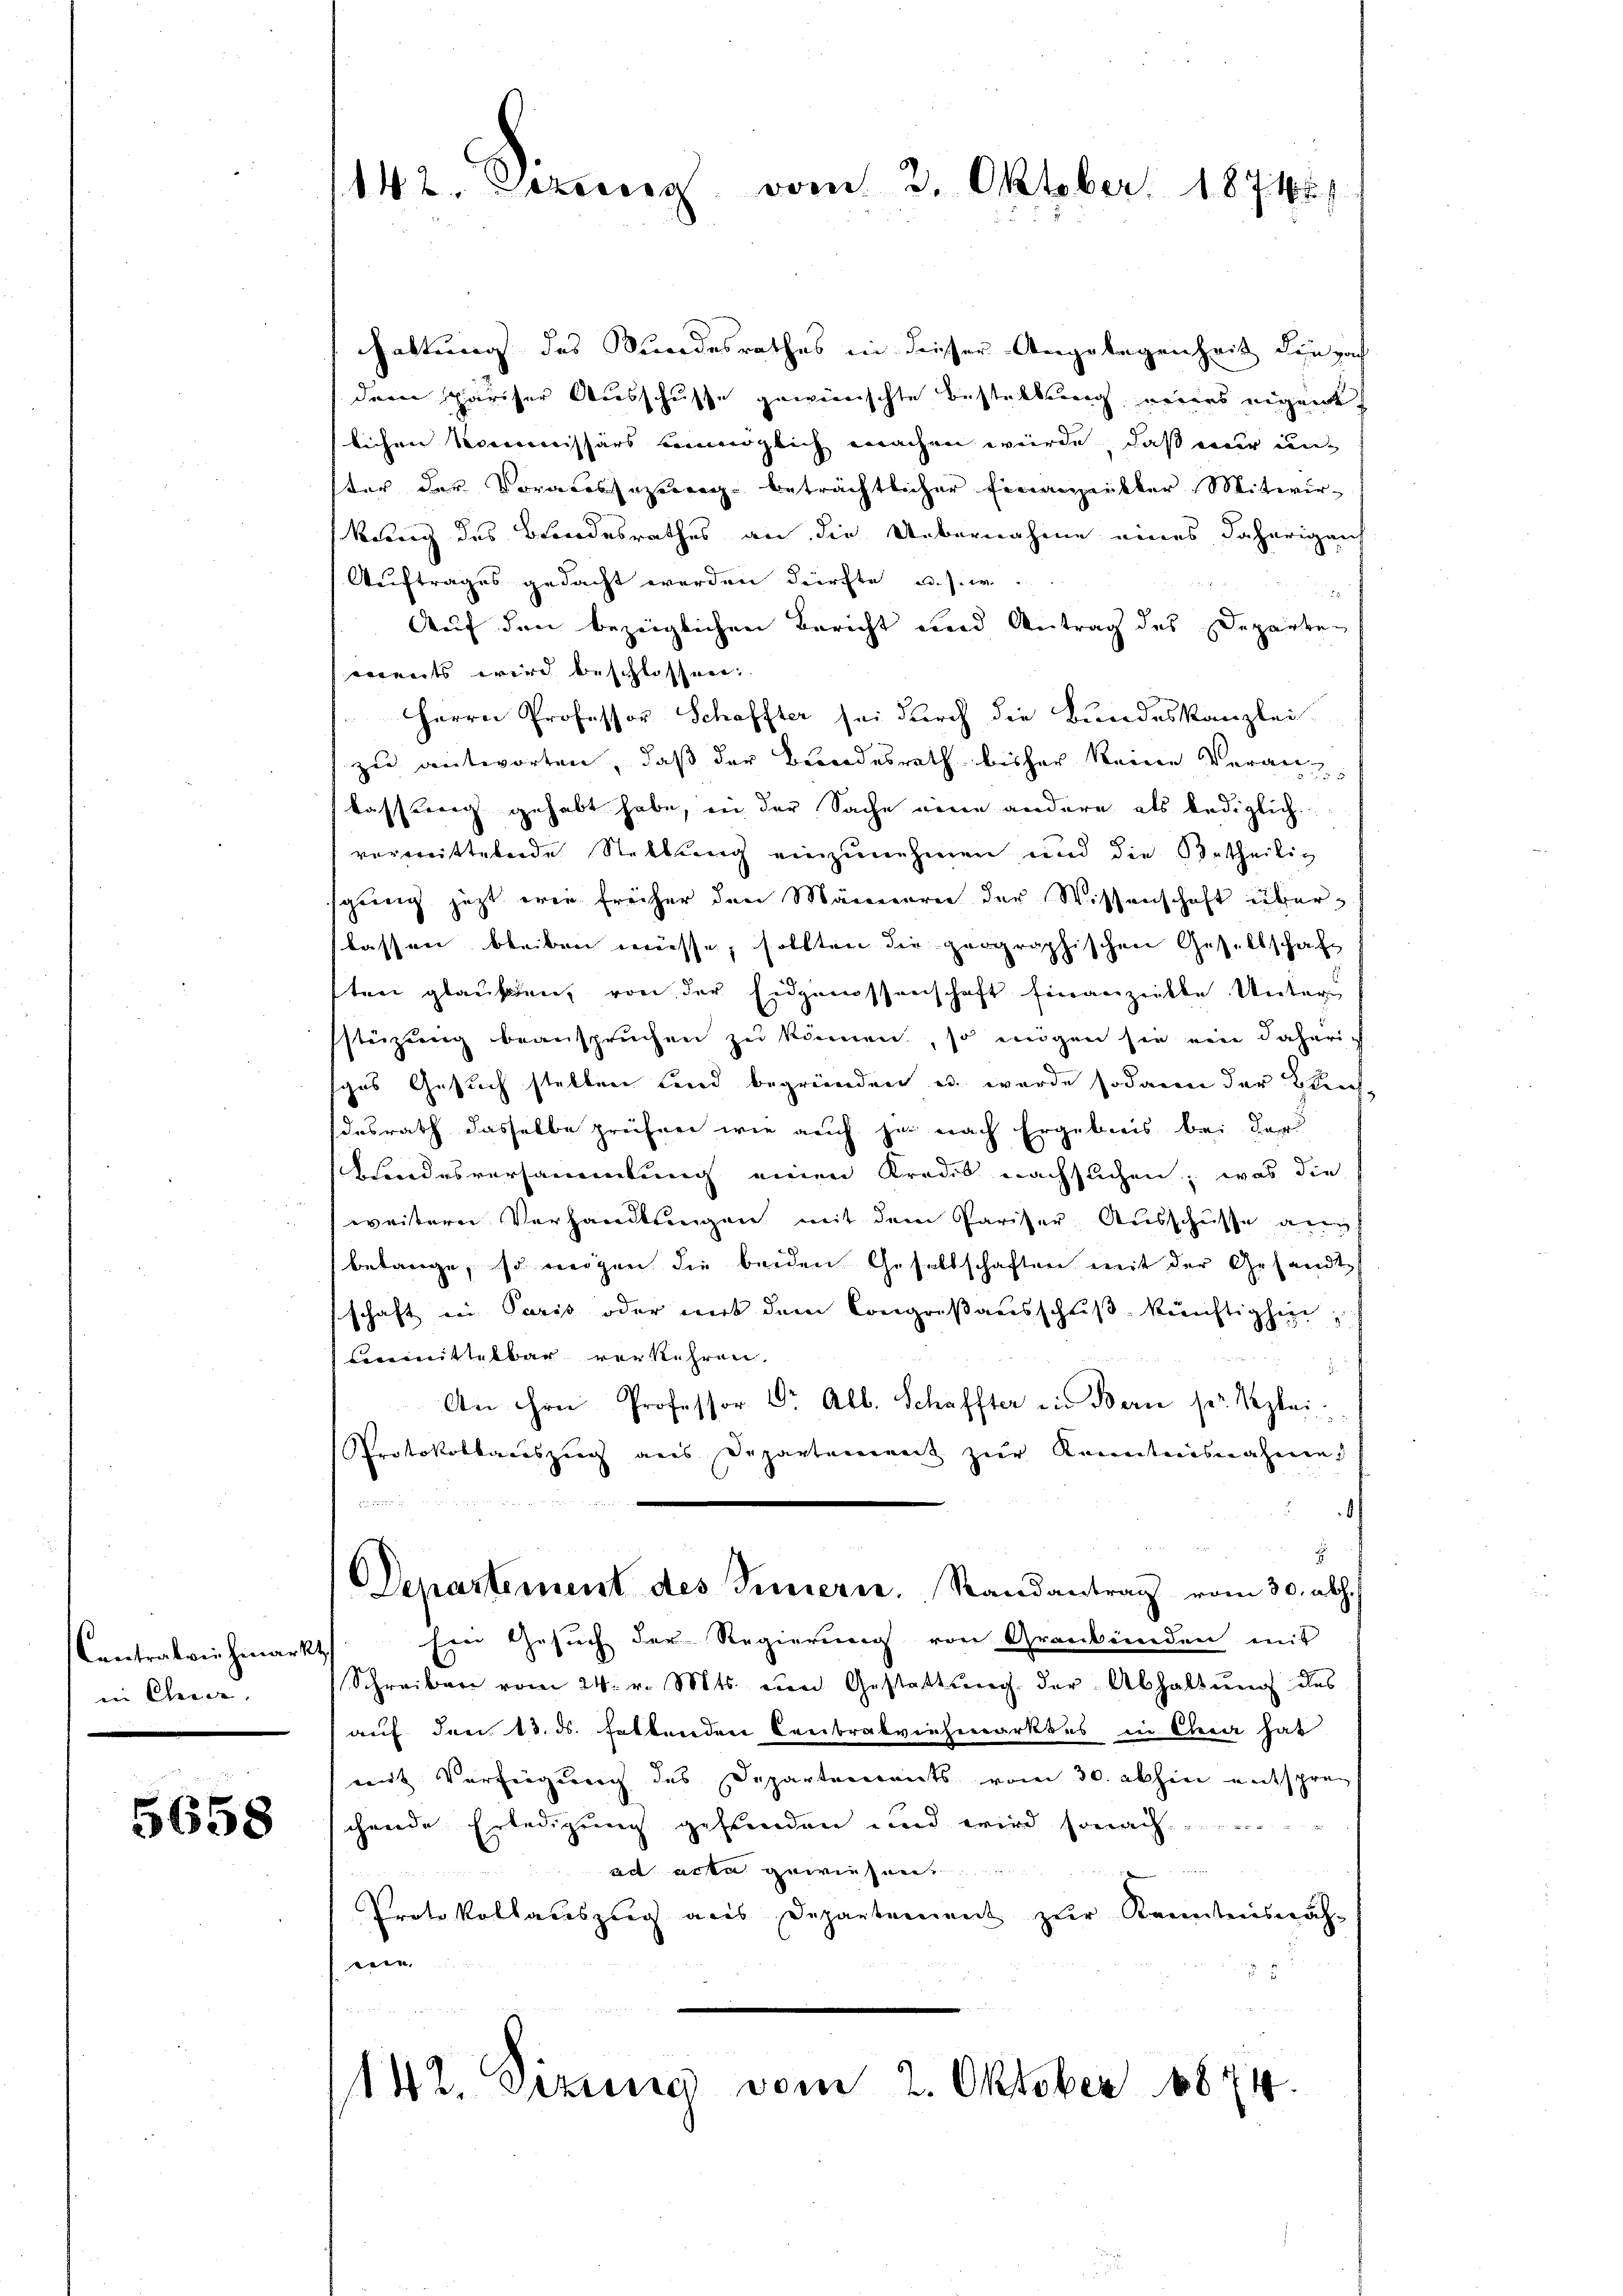
Contralviehmark
in Chenen

5658

142. Sizung vom 3. Oktober. 1874.

haltung des Bundesrathes in dieser Angelegenheit die nach
dem pariser Ausschusse gewünschte Bestellung neues eigent
lichen Kommissärs verglich machen werde, daß nur unster der Voraussezung beträchtlicher Finanzeitter Mitwir¬
König des Brandesrathes an die Uebernahme eines daherigen
Auftrages gedacht worden dürfte u. s. w.
2
Auf den bezeiglichen Bericht und Antrag des Departen
ments wird beschlossen:
Herrn Professor Schaffter sei durch die Bundeskanzlei
zu antworten, daß der Bundesrath bisher keine Verankassberg gehabt habe, in der Sache eine andere als lediglich
vermittelnde Stellung einzunehmen und die Betheilig
gung jezt wie freiher den Männern der Wissenschaft überlassen bleiben müsse, sollten die geographischen Gesellschaft
ften glauben, von der Eidgenossenschaft finanzeitte Unter-
stüzung beanspruchen zu können, so mögen sie ein daheriges Gesuch stellen sind begründen u. wurde sodann der Bundesrath dasselbe prüfen wie auch je nach Ergebnis bei der
chsondesversammlung einen Kredis nachsuchen; was die
weitere Verhandlungen mit dem Pariser Ausschüsse ang
betange, so weigen die beiden Gesellschaften mit der Gesandte
schaft in Paris oder mit dem Congroßausschuß künftighin
Committelbar verkehren.
z
An ihre Professor Dr. Alb. Schaffter in Bern ser Klei
Protokollaceszeig aus Departement zur Kenntnisnahme
.
Departement des Innern. Randantrag vom 30. ab. (
Ein Gesuch der Regierung von Grankenden mit
Schreiben vom 24. v. Mts. von Gestattung der Abhaltung des
auf den 13. ds. haltenden Freibrakviehmarktes in Anna hat
mit Verfügung des Departements vom 30. abhin entsprec
chende Erledigung gestenden und wird sonach
ad acta gewiesen,
Protokolladeszug aus Departement zŭr Kenntnisnah-
.
142 Sizine vom 2. Oktober 1874.